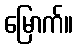
မြောက်။